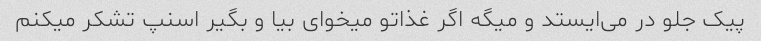
پیک جلو در می‌ایستد و میگه اگر غذاتو میخوای بیا و بگیر اسنپ تشکر میکنم